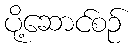
ပို့ဆောင်စဉ်